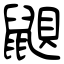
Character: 鼰